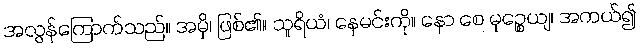
အလွန်ကြောက်သည်။ အမှိ၊ ဖြစ်၏။ သူရိယံ၊ နေမင်းကို။ နော စေ မုဉ္စေယျ၊ အကယ်၍